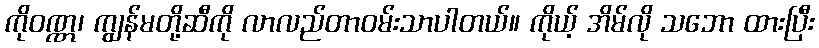
ကိုဝဏ္ဏ၊ ကျွန်မတို့ဆီကို လာလည်တာဝမ်းသာပါတယ်။ ကိုယ့် အိမ်လို သဘော ထားပြီး